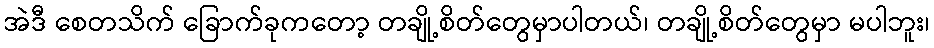
အဲဒီ စေတသိက် ခြောက်ခုကတော့ တချို့စိတ်တွေမှာပါတယ်၊ တချို့စိတ်တွေမှာ မပါဘူး၊